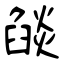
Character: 燄